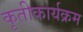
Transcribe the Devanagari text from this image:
कृतीकार्यक्रम